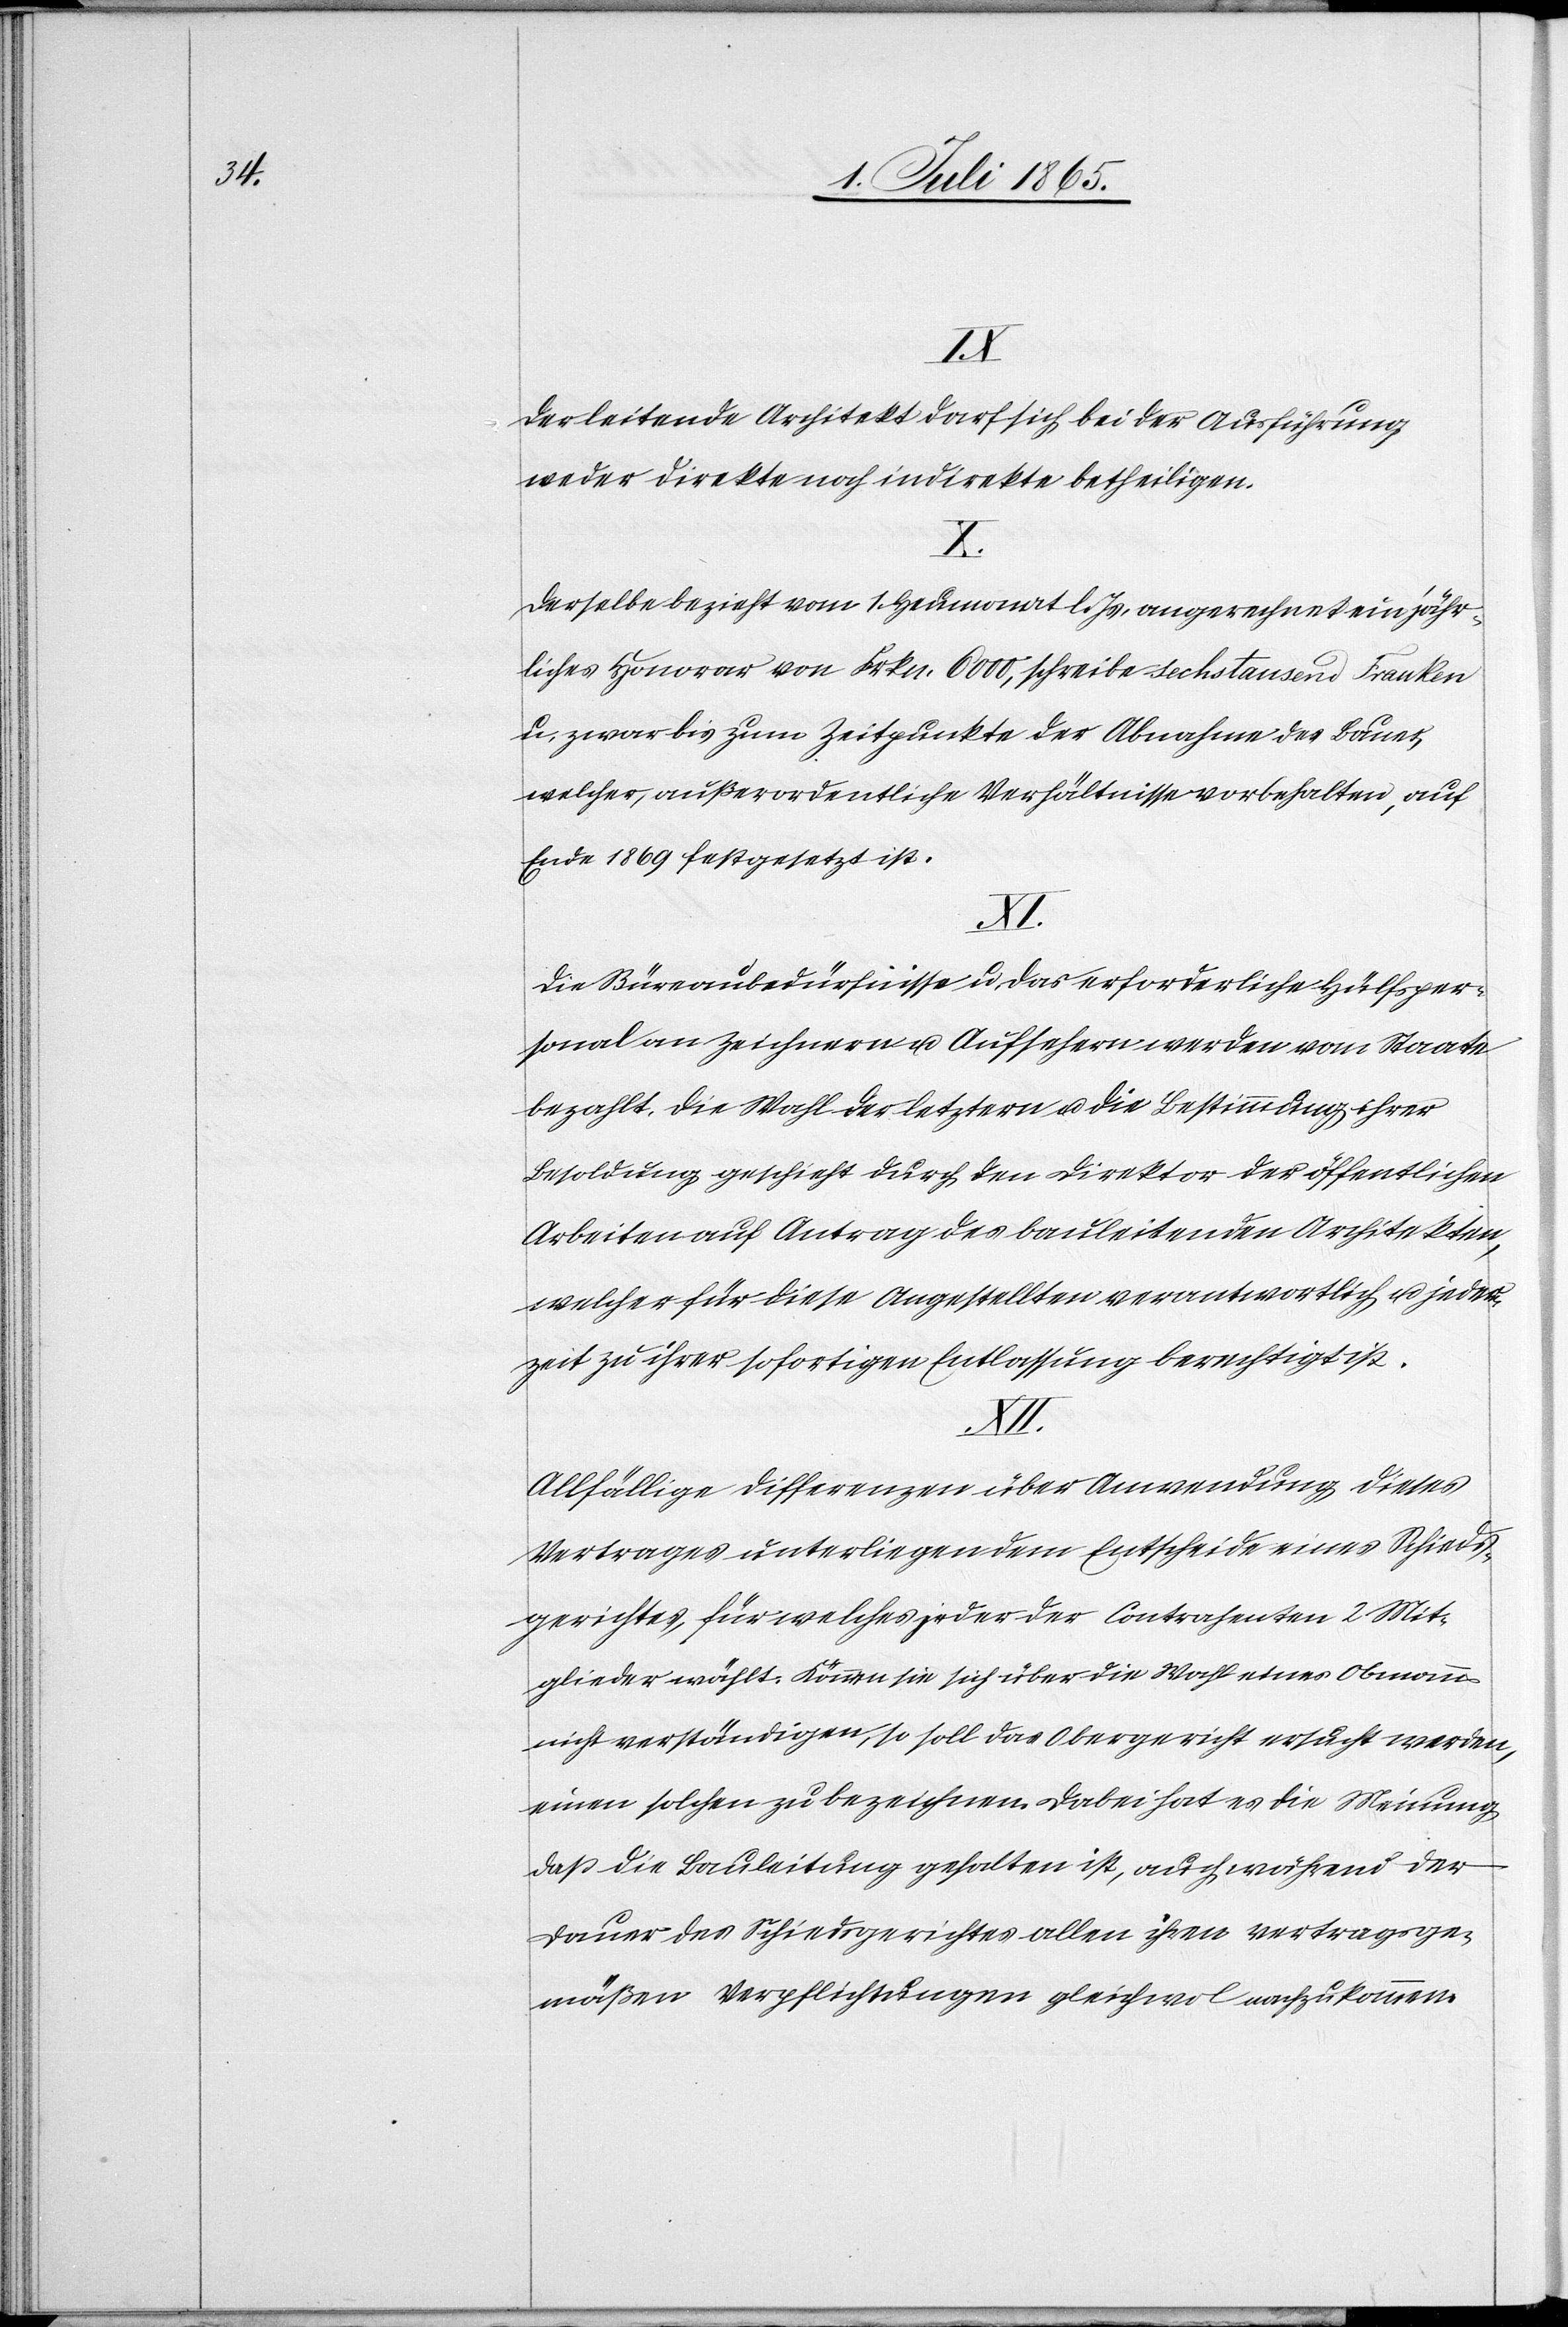
Der leitende Architekt darf sich bei der Ausführung
weder direkte noch indirekte betheiligen.
Derselbe bezieht vom 1. Heumonat l. Js. an gerechnet ein jähr¬
liches Honorar von Frkn. 6000, schreibe sechstausend Franken
u. zwar bis zum Zeitpunkte der Abnahme des Baues,
welcher, außerordentliche Verhältnisse vorbehalten, auf
Ende 1869 festgesetzt ist.
Die Büreaubedürfnisse u. das erforderliche Hülfsper¬
sonal an Zeichnern u. Aufsehern werden von Staate
bezahlt. Die Wahl der letztern u. die Bestimmung ihrer
Besoldung geschieht durch den Direktor der öffentlichen
Arbeiten auf Antrag des bauleitenden Architekten,
welcher für diese Angestellten verantwortlich u. jeder¬
zeit zu ihrer sofortigen Entlassung berechtigt ist.
XII.
Allfällige Differenzen über Anwendung dieses
Vertrages unterliegendem Entscheide eines Schieds¬
gerichtes, für welches jeder der Contrahenten 2 Mit¬
glieder wählt. Können sie sich über die Wahl eines Obmanns
nicht verständigen, so soll das Obergericht ersucht werden,
einen solchen zu bezeichnen. Dabei hat es die Meinung
daß die Bauleitung gehalten ist, auch während der
Dauer des Schiedsgerichtes allen ihren Vertragsge¬
mäßen Verpflichtungen gleichwol nachzukommen.